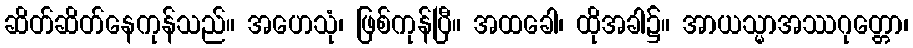
ဆိတ်ဆိတ်နေကုန်သည်။ အဟေသုံ၊ ဖြစ်ကုန်ပြီ။ အထခေါ၊ ထိုအခါ၌။ အာယသ္မာအဿဂုတ္တော၊